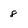
Character: 8